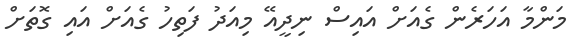
މަންމާ އަހަރެން ގެއަށް އައިސް ނިދީއޭ މިއަދު ފަތިހު ގެއަށް އައި ގޮތަށް